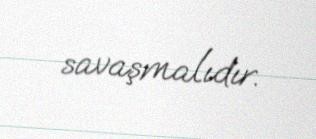
savaşmalıdır.